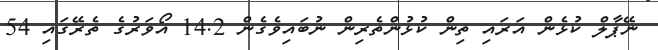
ނޭޕާލް ކުޅެން އަރައި ތިން ކުޅުންތެރިން ނުބައިވެގެން 14.2 އޯވަރުގެ ތެރޭގައި 54